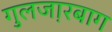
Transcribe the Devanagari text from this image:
गुलजा़रबाग